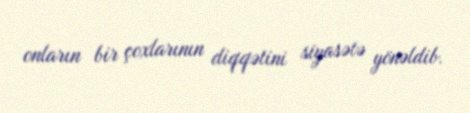
onların bir çoxlarının diqqətini siyasətə yönəldib.